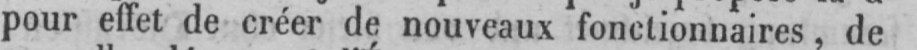
pour effet de créer de nouveaux fonctionnaires, de